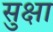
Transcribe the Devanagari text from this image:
सुक्षा